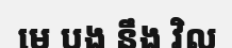
មេ បង នឹង វិល